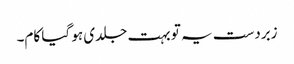
زبردست یہ تو بہت جلدی ہو گیا کام۔